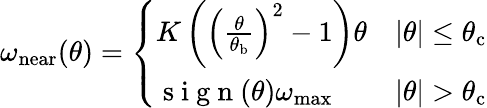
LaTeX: \omega_{\mathrm{near}}(\theta)=\left\{ \begin{array}{ll}{K\left(\left(\frac{\theta}{\theta_{\mathrm{b}}}\right)^{2}-1\right)\theta}&{|\theta|\leq\theta_{\mathrm{c}}}\\ {\mathrm{~s~i~g~n~}(\theta)\omega_{\mathrm{max}}}&{|\theta|>\theta_{\mathrm{c}}}\end{array}\right.